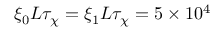
\xi _ { 0 } L \tau _ { \chi } = \xi _ { 1 } L \tau _ { \chi } = 5 \times 1 0 ^ { 4 }